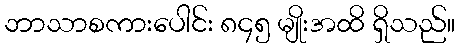
ဘာသာစကားပေါင်း ၈၄၅ မျိုးအထိ ရှိသည်။